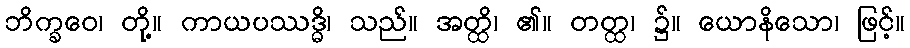
ဘိက္ခဝေ၊ တို့။ ကာယပဿဒ္ဓိ၊ သည်။ အတ္ထိ၊ ၏။ တတ္ထ၊ ၌။ ယောနိသော၊ ဖြင့်။